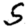
Digit: 5